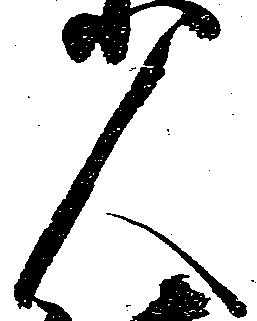
人